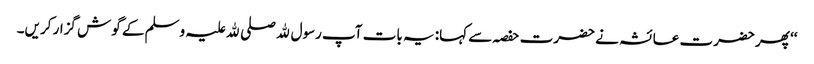
‘‘ پھر حضرت عائشہ نے حضرت حفصہ سے کہا: یہ بات آپ رسول ﷲ صلی ﷲ علیہ وسلم کے گوش گزار کریں۔